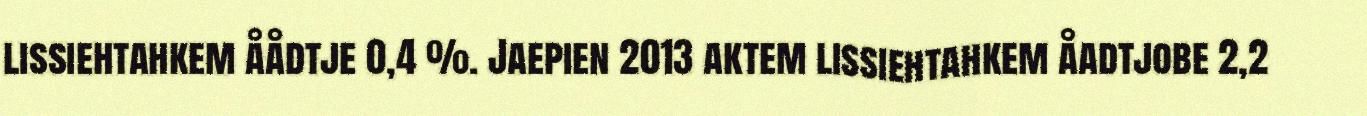
lissiehtahkem åådtje 0,4 %. Jaepien 2013 aktem lissiehtahkem åadtjobe 2,2